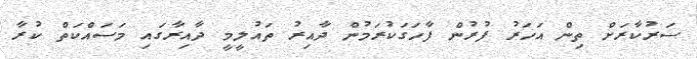
ސަރުކާރަށް ތިން އަހަރު ފުރުން ފާހަގަކުރަމުން ދާއިރު ތައުލީމީ ދާއިރާގައި މަސައްކަތް ކުރާ